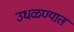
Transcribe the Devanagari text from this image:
उधळण्यात